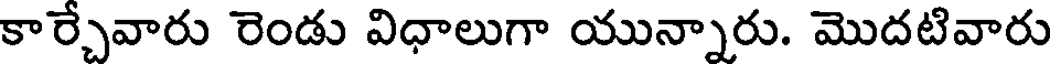
కార్చేవారు రెండు విధాలుగా యున్నారు. మొదటివారు